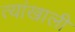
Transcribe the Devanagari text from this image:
त्यांखाली